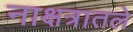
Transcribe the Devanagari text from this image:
नाक्षत्रातले